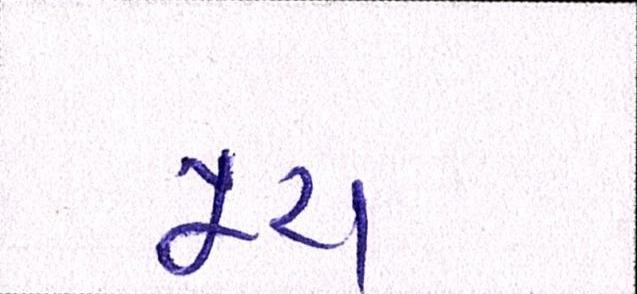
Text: પૂરાં